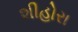
શીહોરા